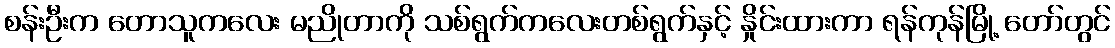
စန်းဦးက တောသူကလေး မညိုတာကို သစ်ရွက်ကလေးတစ်ရွက်နှင့် နှိုင်းထားကာ ရန်ကုန်မြို့ တော်တွင်